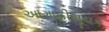
આગાહીસૂચક